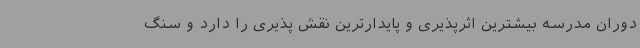
دوران مدرسه بیشترین اثرپذیری و پایدارترین نقش پذیری را دارد و سنگ